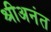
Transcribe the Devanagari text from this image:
श्रीअनंत